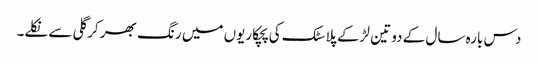
دس بارہ سال کے دو تین لڑکے پلاسٹک کی پچکاریوں میں رنگ بھر کر گلی سے نکلے۔